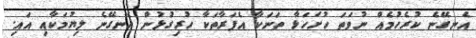
އެނގޭނެ ކުރެހުމެއް ނުވަތަ ހުށަހަޅާ ތަނަކާ އެފަރާތަކާ ހުރިގުޅުން އެނގޭނެ ލިޔުމަކާއި އައި.